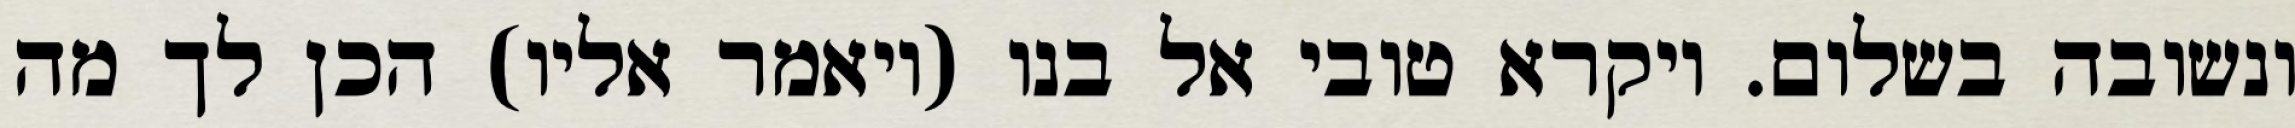
ונשובה בשלום. ויקרא טובי אל בנו (ויאמר אליו) הכן לך מה